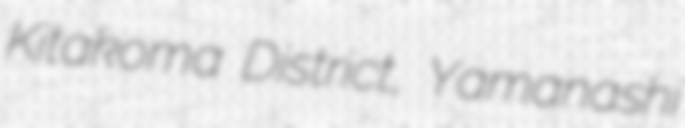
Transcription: Kitakoma District, Yamanashi